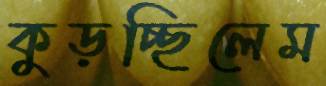
কুড়চ্ছিলেম